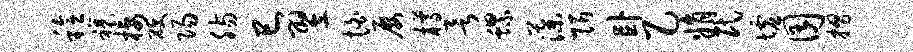
稔禳栖硬阳肠巳翌怕屡樽欲螺藻陌卧乙娟民墟囿摺